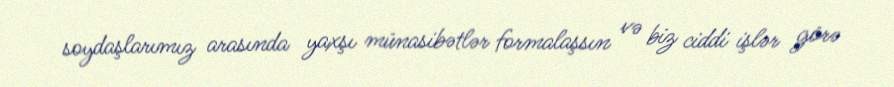
soydaşlarımız arasında yaxşı münasibətlər formalaşsın və biz ciddi işlər görə